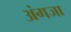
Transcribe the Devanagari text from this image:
अंगजा